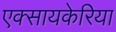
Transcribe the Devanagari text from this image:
एक्सायकेरिया